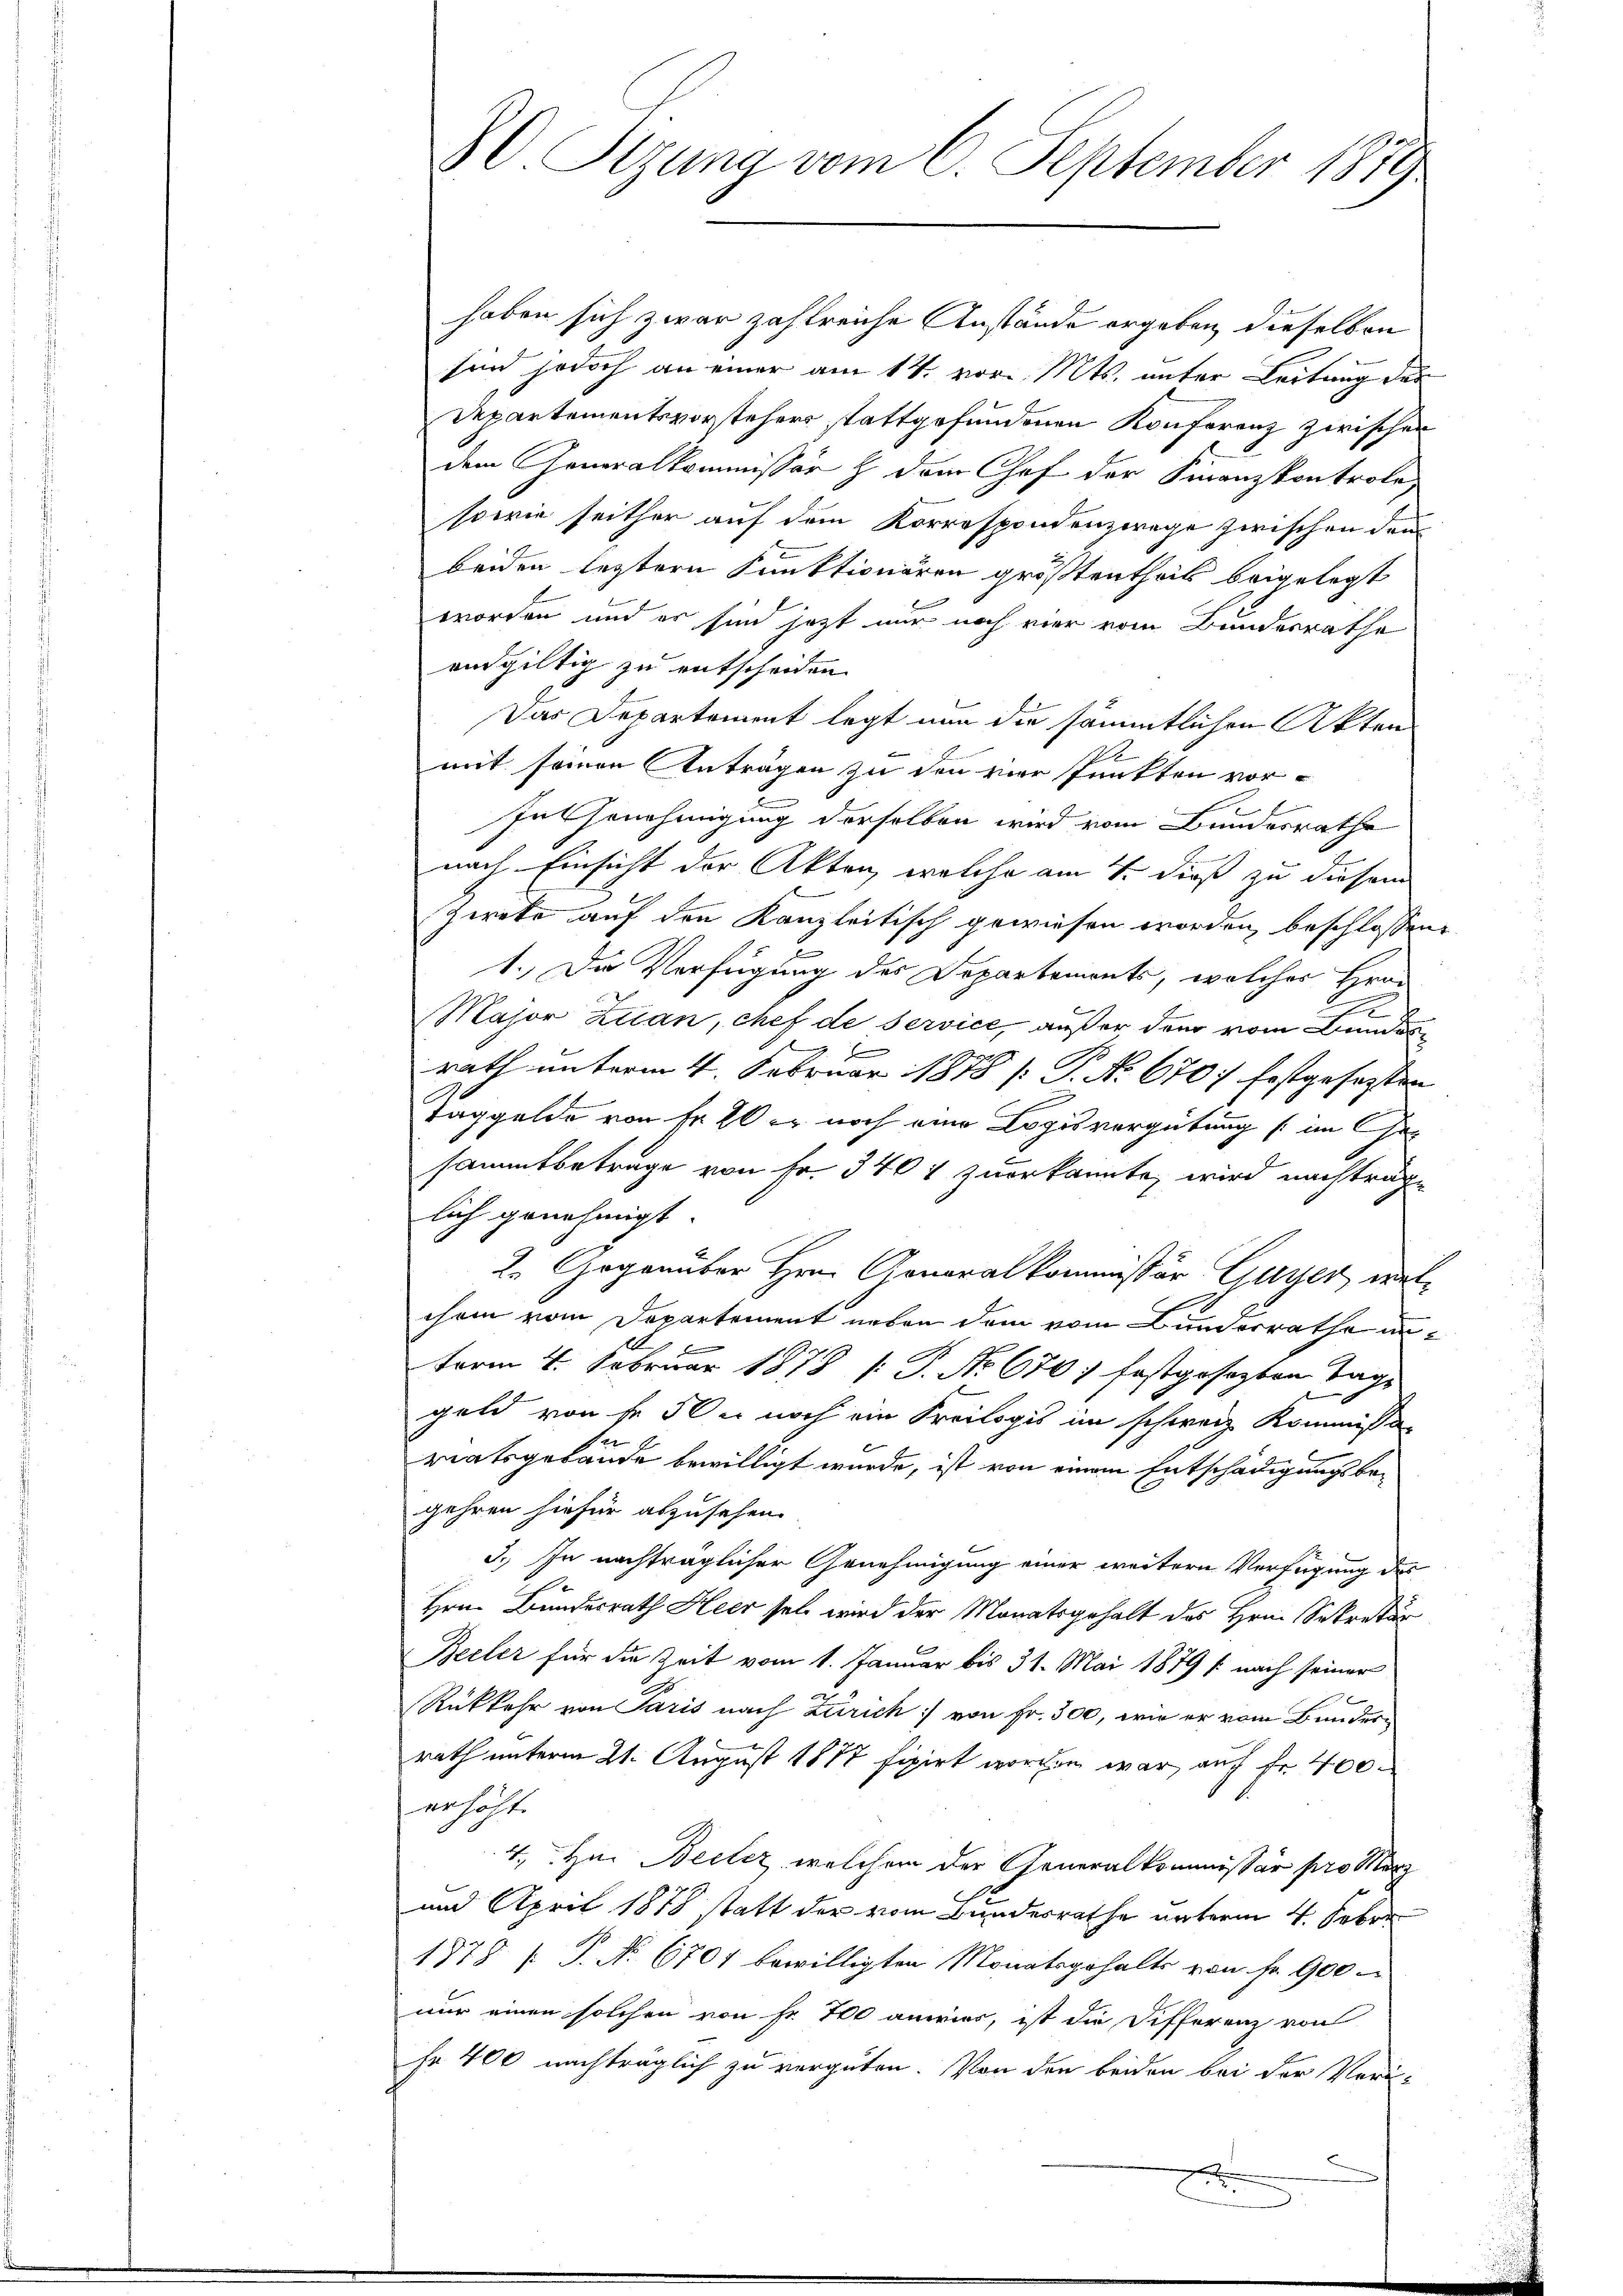
haben sich zwar zahlreiche Anstände ergeben dieselben
sind jedoch an einer am 14. vor. Mts. unter Leitung der
Departementsvorstehers stattgefundenen Konferenz zwischen
dem Generalkommissär & dem Chof der Finanzkontrole
sowie seither auf dem Korrespondenzwege zwischen den
beiden leztern Funktionären größtentheil beigelegt
worden und er sind jetzt nur noch vier vom Bundesrathe
andgültig zu entscheiden.
Das Departement legt nun die sämmtlichen Akten
1
mit seinen Anträgen zu den vier funkten vor¬
In Genehmigung derselben wird vom Bundesrathe
nach Einsicht der Akten, welche am 7. dieß zu diesem
Zweke auf den Kanzleitisch gewiesen worden, beschlossene
1. Der Verfügung des Departements, welches Herr
2
Major Zuan, chef de service, außer der vom Bunde
rath unterm 4. Februar 1878 /: P. No. 670. festgesetzten
Taggelde von Fr. 20 er noch eine Logisvergütung (im Ge-
sammtbetrage von Fr. 3404 zuerkannte, wird nachträglich genehmigt.
2. Gegenüber Hrn. Gonoralkommissor Guyer, welchem vom Departement neben dem vom Bunderrathe unterm 4. Februar 1878 [: P. No 670. festgesezten Tage
geld von fr. 50c noch ein Kreilogis im schweiz. Kommisso
riatsgebäude bewilligt wurde, ist von einem Entschädigungsbegehren hiefür abzusehen.
3.) In nachträglicher Genehmigung einer weitern Verfügung des
Hrn. Bundesrath Heer sel wird der Monatsgehalt des Hrn. Sekretär
Beiler für die Zeit vom 1. Januar bis 31. Mai 1879 f. nach seiner
Rükkehr von Paris nach Zürich von Fr. 300, wie er vom Bunder-
rath unterm 21. August 1877 fixirt worden war auch fr. 400
erhöht.
4. Hr. Beiler, welchem der Generalkommissär pro Merz
E
und April 1878 statt der vom Bundesrathe unterm 4. Febr.
1878 (: P. No. 6701 bewilligten Monatsgehalts von Fr. 900
nur einen solchen von Fr. 700 anwier, ist die Differenz von
hr 400 nachträglich zu vergüten. Von den beiden bei der Verur-

80 Sizung vom 6. September 1879